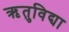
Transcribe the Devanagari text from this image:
ऋतुविद्या